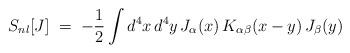
LaTeX: \begin{align*}S_{nl}[J] \;=\; -\frac{1}{2}\int d^4x \,d^4y \,J_\alpha(x)\,K_{\alpha \beta}(x-y) \,J_\beta (y)\end{align*}